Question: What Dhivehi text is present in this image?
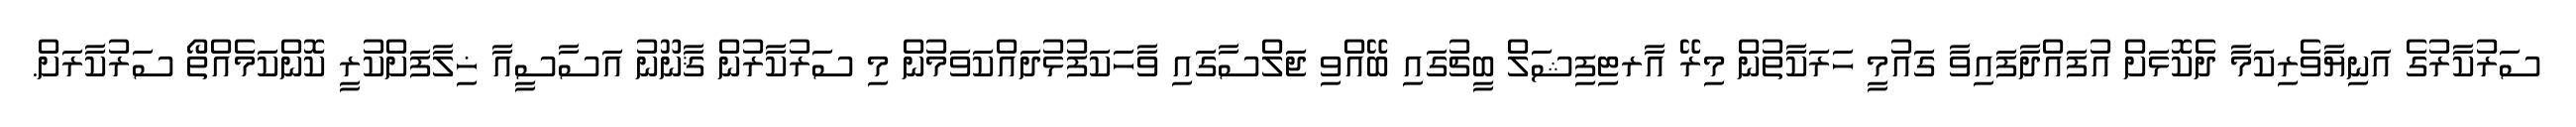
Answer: ސަރުކާރުގެ އަނިޔާވެރިކަމާ ދެކޮޅަށް އުފައްދާފައިވާ ގައުމީ ހަރަކާތުން މިރޭ އާރޓިފިޝަލް ބީޗުގައި ބޭއްވި ޖަލްސާގައި ވާހަކަފުޅުދައްކަވަމުން މި ސަރުކާރުން ޤާނޫނު އަސާސީއާ ޚިލާފަށްކުރީ ކޮންކަމެއްތޯ ސަރުކާރަށް.